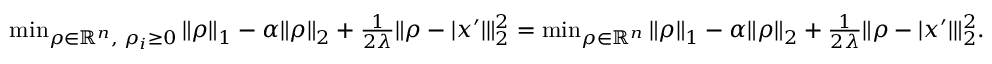
\begin{array} { r } { \operatorname* { m i n } _ { \rho \in \mathbb { R } ^ { n } , \; \rho _ { i } \geq 0 } \| \rho \| _ { 1 } - \alpha \| \rho \| _ { 2 } + \frac { 1 } { 2 \lambda } \| \rho - | x ^ { \prime } | \| _ { 2 } ^ { 2 } = \operatorname* { m i n } _ { \rho \in \mathbb { R } ^ { n } } \| \rho \| _ { 1 } - \alpha \| \rho \| _ { 2 } + \frac { 1 } { 2 \lambda } \| \rho - | x ^ { \prime } | \| _ { 2 } ^ { 2 } . } \end{array}